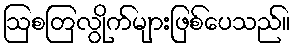
ဩစတြလွိုက်များဖြစ်ပေသည်။